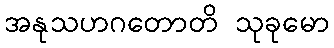
အနုသဟဂတောတိ သုခုမော